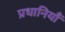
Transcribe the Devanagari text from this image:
प्रधानियाँ